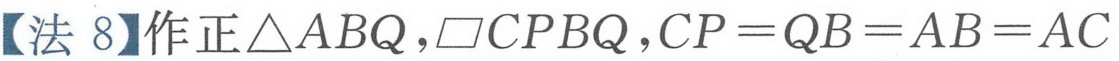
【法 8】作正\(\triangle ABQ\)，\(\square CPBQ\)，\(CP = QB = AB = AC\)